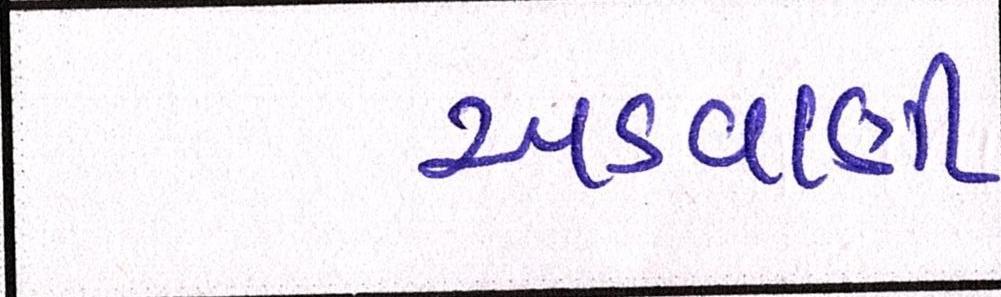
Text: અડવાણી